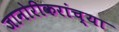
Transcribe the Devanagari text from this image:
जानोरीकरांच्या